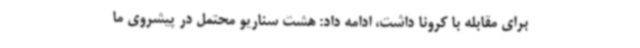
برای مقابله با کرونا داشت، ادامه داد: هشت سناریو محتمل در پیشروی ما